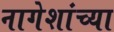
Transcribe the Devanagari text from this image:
नागेशांच्या